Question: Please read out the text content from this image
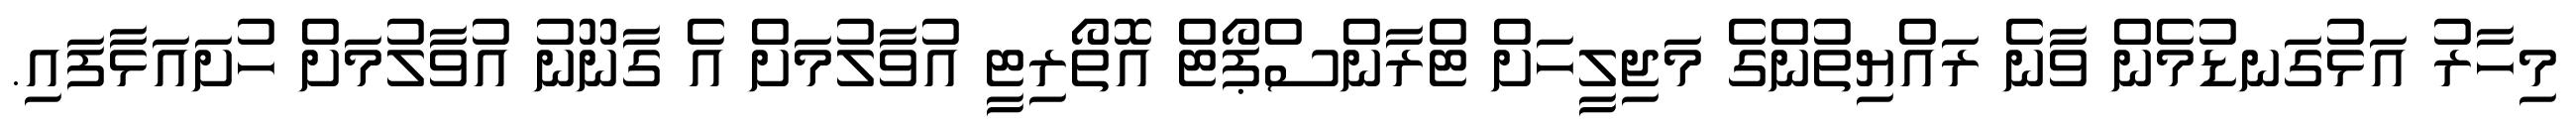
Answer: މިހާރު އަޅުގަނޑުމެން ވާނެ ރައްޔިތުންގެ މަޖިލީހަށް ޓްރާންސްޕޯޓް އޮތޯރިޓީ އުވާލުމަށް އެ ގާނޫނު އުވާލުމަށް ހުށައަޅާފައި.